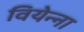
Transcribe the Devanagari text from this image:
वियेन्ना